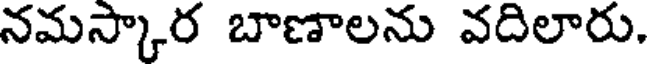
నమస్కార బాణాలను వదిలారు.